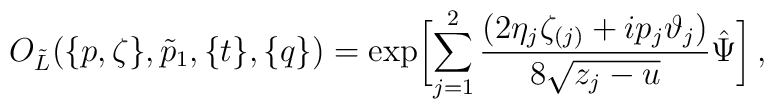
O_{\tilde L}(\{p,\zeta\},\tilde p_1,\{t\},\{q\})=\exp\biggl[\sum_{j=1}^2\frac{(2\eta_j\zeta_{(j)}+ip_j\vartheta_j)}{8\sqrt{z_j-u}}\hat\Psi\biggl]\,,